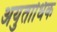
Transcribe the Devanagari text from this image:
अयुताधिक